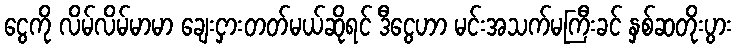
ငွေကို လိမ်လိမ်မာမာ ချေးငှားတတ်မယ်ဆိုရင် ဒီငွေဟာ မင်းအသက်မကြီးခင် နှစ်ဆတိုးပွား